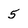
Character: 5